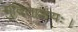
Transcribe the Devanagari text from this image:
मुदिताशयः।